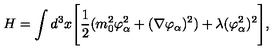
H = \int d ^ { 3 } x \Biggl [ { \frac { 1 } { 2 } } ( m _ { 0 } ^ { 2 } \varphi _ { \alpha } ^ { 2 } + ( \nabla \varphi _ { \alpha } ) ^ { 2 } ) + \lambda ( \varphi _ { \alpha } ^ { 2 } ) ^ { 2 } \Biggr ] , \,